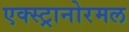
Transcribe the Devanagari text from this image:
एक्स्ट्रानोरमल